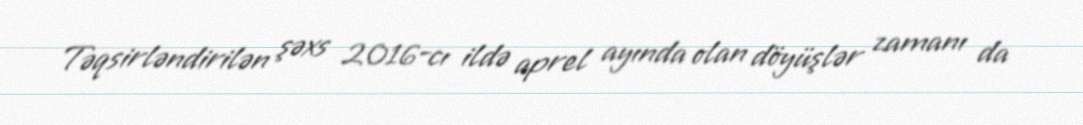
Təqsirləndirilən şəxs 2016-cı ildə aprel ayında olan döyüşlər zamanı da